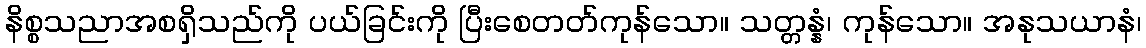
နိစ္စသညာအစရှိသည်ကို ပယ်ခြင်းကို ပြီးစေတတ်ကုန်သော။ သတ္တန္နံ၊ ကုန်သော။ အနုသယာနံ၊